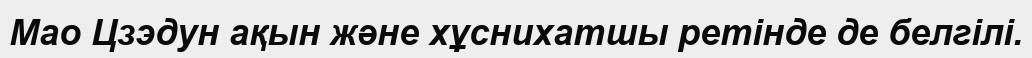
Мао Цзэдун ақын және хұснихатшы ретінде де белгілі.